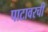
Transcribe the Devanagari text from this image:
पाटावरची